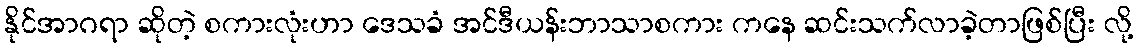
နိုင်အာဂရာ ဆိုတဲ့ စကားလုံးဟာ ဒေသခံ အင်ဒီယန်းဘာသာစကား ကနေ ဆင်းသက်လာခဲ့တာဖြစ်ပြီး လို့